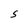
Character: S